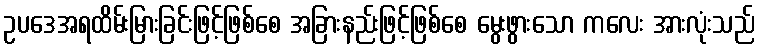
ဥပဒေအရထိမ်းမြားခြင်းဖြင့်ဖြစ်စေ အခြားနည်းဖြင့်ဖြစ်စေ မွေးဖွားသော ကလေး အားလုံးသည်